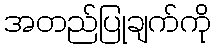
အတည်ပြုချက်ကို